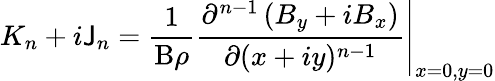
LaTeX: K_{n}+i\mathsf{J}_{n}=\frac{{1}}{{\mathrm{{B}}\rho}}\left.\frac{{\partial^{n-1}\left(B_{y}+iB_{x}\right)}}{{\partial(x+iy)^{n-1}}}\right\rvert_{x=0,y=0}